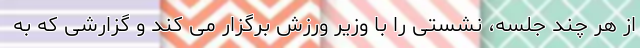
از هر چند جلسه، نشستی را با وزیر ورزش برگزار می کند و گزارشی که به